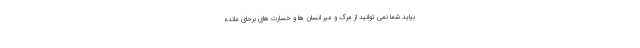
بیاید شما نمی توانید از مرگ و میر انسان ها و خسارت های برجای مانده